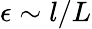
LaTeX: \epsilon\sim l/L